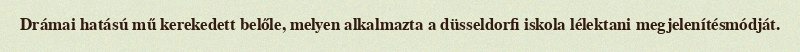
Drámai hatású mű kerekedett belőle, melyen alkalmazta a düsseldorfi iskola lélektani megjelenítésmódját.